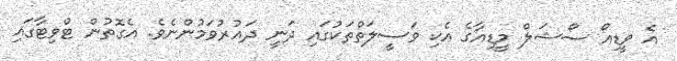
އެ ވީޑިއޯ ސޯޝަލް މީޑިއާގެ އެކި ވަސީލަތްތަކުގައި ދަނީ ދައުރުވަމުންނެވެ. އެގޮތުން ޓްވިޓާގައި